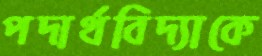
পদার্থবিদ্যাকে